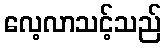
လေ့လာသင့်သည်